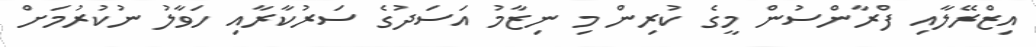
އިޒްރޭލާއި ފްރާންސުން މީގެ ކުރިން މި ނިޒާމު އަސަދުގެ ސަރުކާރާއި ހަވާލު ނުކުރުމަށް